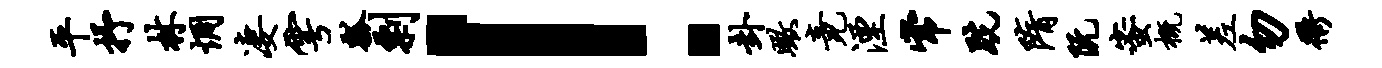
平抒林惆凄雩瓢剽！卦瞰竟湮常跣隋阮蜜概差勿衢